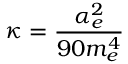
\kappa = \frac { \alpha _ { e } ^ { 2 } } { 9 0 m _ { e } ^ { 4 } }